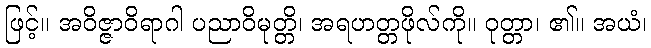
ဖြင့်။ အဝိဇ္ဇာဝိရာဂါ ပညာဝိမုတ္တိ၊ အရဟတ္တဖိုလ်ကို။ ဝုတ္တာ၊ ၏။ အယံ၊